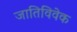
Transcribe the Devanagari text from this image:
जातिविवेक